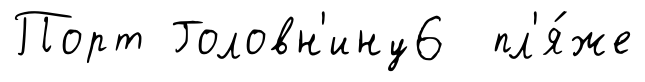
Порт Головн'ину6 пл'я́же